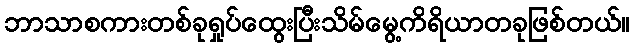
ဘာသာစကားတစ်ခုရှုပ်ထွေးပြီးသိမ်မွေ့ကိရိယာတခုဖြစ်တယ်။